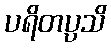
ပရိတပ္ပသိ